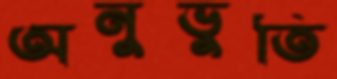
অনুভুতি